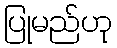
ပြုမည်ဟု